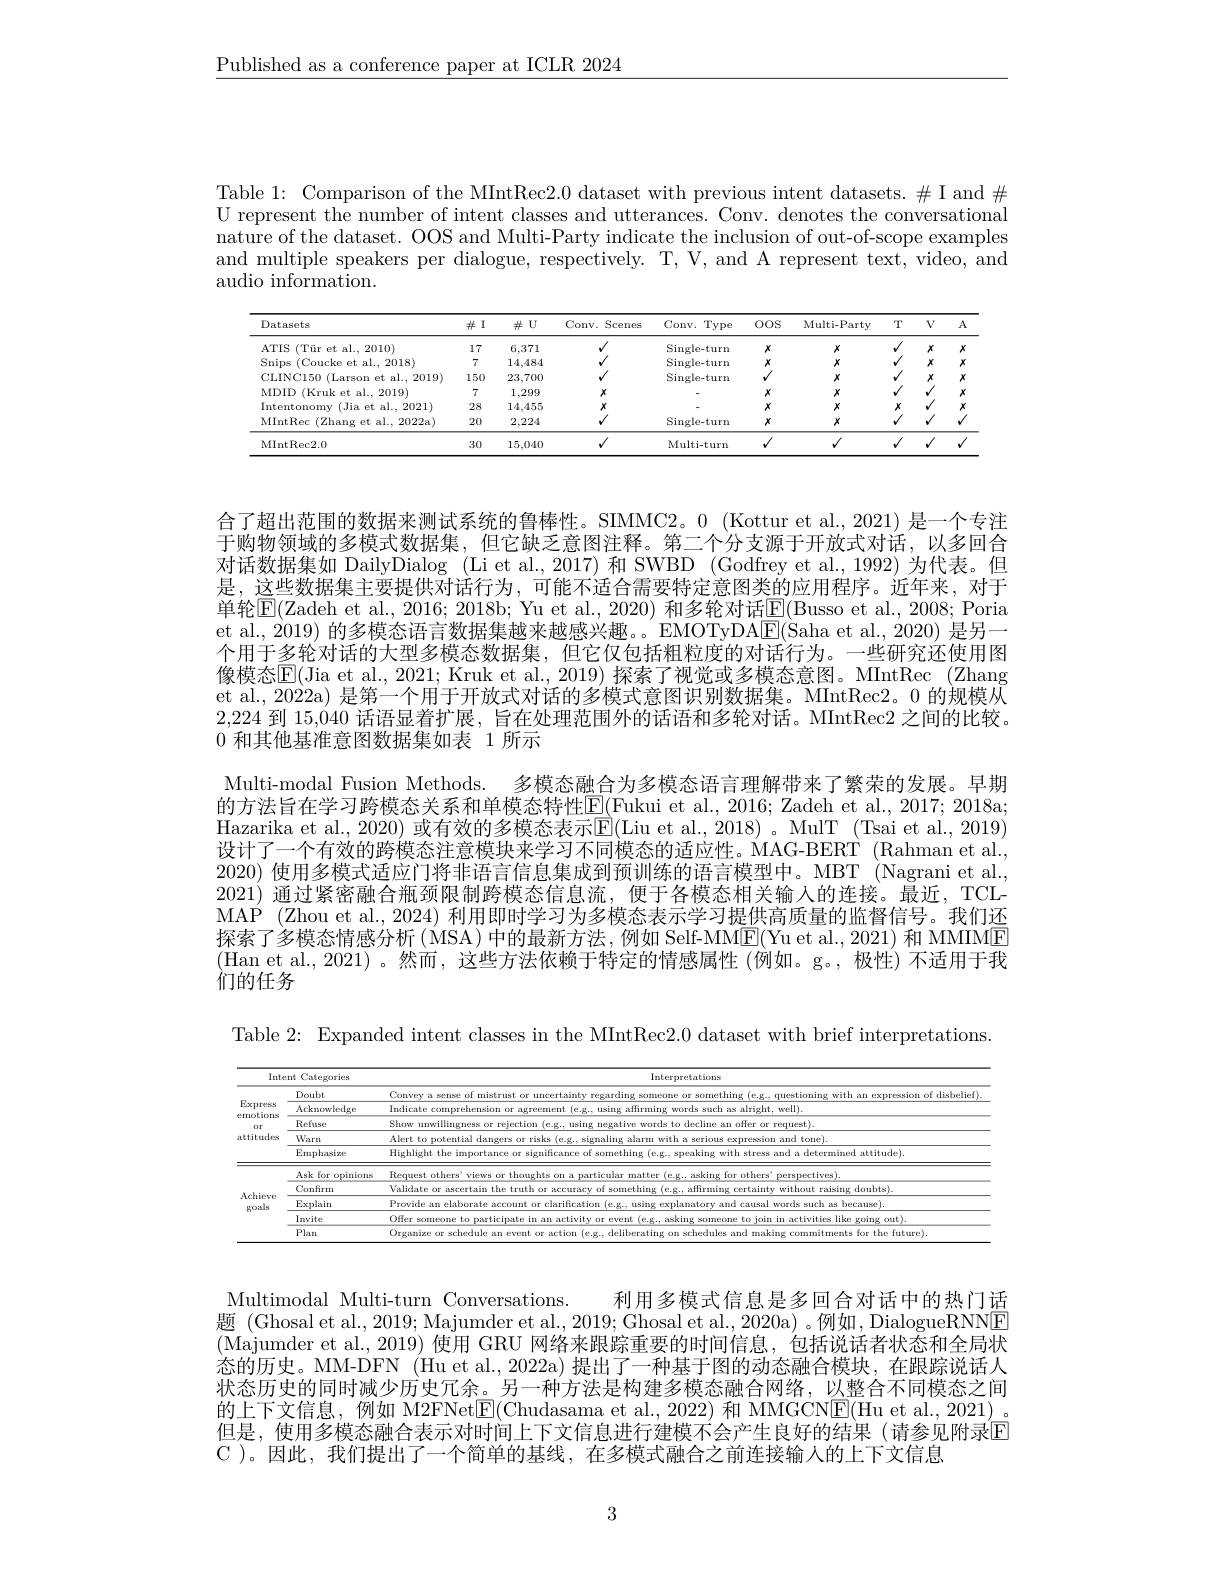
$\underline{\text{Published as a conference paper at ICLR 2024}}$

Table 1: Comparison of the MIntRec2.0 dataset with previous intent datasets. # I and $\#$ U represent the number of intent classes and utterances. Conv. denotes the conversational $\hat{\text{nature of the dataset. OOS and Multi-Party indicate the inclusion of out-of-scope examples}}$ and multiple speakers per dialogue, respectively. T, V, and A represent text, video, and audio information.

<table>
	<tbody>
		<tr>
			<th>Datasets</th>
			<th>$\#$ I</th>
			<th>$\#U$</th>
			<th>Conv. Scenes</th>
			<th>Conv. Type</th>
			<th>$00S$</th>
			<th>Multi-Party</th>
			<th>T</th>
			<th>$V$</th>
			<th>77</th>
		</tr>
		<tr>
			<td>ATIS $( \text{T\"{u} r et al. , 2010})$</td>
			<td>17</td>
			<td>6,371</td>
			<td>$√$</td>
			<td>$\operatorname{Single-turn}$</td>
			<td>$x$</td>
			<td>$X$</td>
			<td>$\checkmark$</td>
			<td>$x$</td>
			<td>$x$</td>
		</tr>
		<tr>
			<td>Snips (Coucke et al., 2018)</td>
			<td>7</td>
			<td>14,484</td>
			<td> </td>
			<td>$\operatorname{Single-turn}$</td>
			<td>$x$</td>
			<td>$X$</td>
			<td>$v$</td>
			<td>$x$</td>
			<td>$x$</td>
		</tr>
		<tr>
			<td>CLINC150 (Larson et al., 2019)</td>
			<td>150</td>
			<td>23,700</td>
			<td>$f$</td>
			<td>1</td>
			<td>$\operatorname{Single-turn}$</td>
			<td>$X$</td>
			<td>1</td>
			<td>$x$</td>
			<td>$x$</td>
		</tr>
		<tr>
			<td>MDID (Kruk et al., 2019)</td>
			<td></td>
			<td>1,299</td>
			<td>$x$</td>
			<td> </td>
			<td>$x$</td>
			<td>$X$</td>
			<td>1</td>
			<td>1</td>
			<td>$x$</td>
		</tr>
		<tr>
			<td>Intentonomy</td>
			<td>(Jia et al., 2021)</td>
			<td>28</td>
			<td>14,455</td>
			<td> </td>
			<td>Datasets</td>
			<td>$x$</td>
			<td>$X$</td>
			<td>$x$</td>
			<td>1</td>
		</tr>
		<tr>
			<td>$x$</td>
			<td>MIntRec ( Zhang et al. , 2022a) </td>
			<td>20</td>
			<td>2,224</td>
			<td>$v$</td>
			<td>$\operatorname{Single-turn}$</td>
			<td>$x$</td>
			<td>$X$</td>
			<td>1</td>
			<td>$v$</td>
		</tr>
		<tr>
			<td>MIntRec2. 0</td>
			<td>30</td>
			<td>15,040</td>
			<td>$√$</td>
			<td>Multi-turn</td>
			<td>$√$</td>
			<td>$√$</td>
			<td>$\checkmark$</td>
			<td>$\sqrt{1}$</td>
			<td>$v$</td>
		</tr>
	</tbody>
</table>

合了超出范围的数据来测试系统的鲁棒性。SIMMC2。0 (Kottur et al., 2021) 是一个专注于购物领域的多模式数据集，但它缺乏意图注释。第二个分支源于开放式对话，以多回合对话数据集如 DailyDialog (Li et al.,2017)和 SWBD (Godfrey et al.,1992)为代表。但是，这些数据集主要提供对话行为，可能不适合需要特定意图类的应用程序。近年来，对于单轮$\overline{\mathrm{E}}($Zadeh et al., 2016; 2018b; Yu et al., 2020) 和多轮对话$\underline{\mathrm{E}}($Busso et al., 2008; Poria et al., 2019) 的多模态语言数据集越来越感兴趣。EMOTyDA$\boxed{\mathrm{F}}($Saha et al., 2020) 是另一个用于多轮对话的大型多模态数据集，但它仅包括粗粒度的对话行为。一些研究还使用图像模态$\overline{\mathrm{E}}($Jia et al., 2021; Kruk et al., 2019) 探索了视觉或多模态意图。MIntRec (Zhang et al., 2022a) 是第一个用于开放式对话的多模式意图识别数据集。MIntRec2。0 的规模从2,224到 15,040 话语显着扩展，旨在处理范围外的话语和多轮对话。MIntRec2 之间的比较。0和其他基准意图数据集如表 1 所示
Multi-modal Fusion Methods. 多模态融合为多模态语言理解带来了繁荣的发展。早期的方法旨在学习跨模态关系和单模态特性$\underline{\mathrm{E}}($Fukui et al., 2016; Zadeh et al., 2017; 2018a; Hazarika et al., 2020) 或有效的多模态表示$\overline{\mathbb{E}}($Liu et al., 2018) 。MulT (Tsai et al., 2019) 设计了一个有效的跨模态注意模块来学习不同模态的适应性。MAG-BERT (Rahman et al. 2020) 使用多模式适应门将非语言信息集成到预训练的语言模型中。MBT (Nagrani et al., 2021) 通过紧密融合瓶颈限制跨模态信息流，便于各模态相关输入的连接。最近，TCLMAP (Zhou et al., 2024) 利用即时学习为多模态表示学习提供高质量的监督信号。我们还探索了多模态情感分析( MSA) 中的最新方法，例如 Self-MME(Yu et al., 2021) 和 MMIME (Han et al.,2021)。然而，这些方法依赖于特定的情感属性(例如。g。,极性)不适用于我们的任务

Table 2: Expanded intent classes in the MIntRec2.0 dataset with brief interpretations.

<table>
	<tbody>
		<tr>
			<th colspan="2">Intent Categories</th>
			<th rowspan="2">Interpretations of disbelief)</th>
		</tr>
		<tr>
			<th rowspan="5">Express ernotionse $0r$ attitudesa</th>
			<th>Doubt</th>
		</tr>
		<tr>
			<td>Acknowledge</td>
			<td>Indicate comprehension o rming words such as alright. well).</td>
		</tr>
		<tr>
			<td>Refuse</td>
			<td>Show unwillingness fer or request)</td>
		</tr>
		<tr>
			<td>Warn</td>
			<td>Alert to potential d serious expression and tone)</td>
		</tr>
		<tr>
			<td>Emphasize</td>
			<td>Highlight the importance or significance of something (e.g.. speaking with stress and a determined attitude)</td>
		</tr>
		<tr>
			<td rowspan="5">Achieve goals</td>
			<td>Ask for opinions</td>
			<td>Request other r others perspectives).</td>
		</tr>
		<tr>
			<td>Confirm</td>
			<td>Validate or ascertain the tru ffirming certainty without raising doubts</td>
		</tr>
		<tr>
			<td>Explain</td>
			<td>Provide an elaborate accor s such as because)</td>
		</tr>
		<tr>
			<td>Invite</td>
			<td>Offer someone to p in activities like going out)</td>
		</tr>
		<tr>
			<td>Plan</td>
			<td>mte for the future</td>
		</tr>
	</tbody>
</table>

Multimodal Multi-turn Conversations.
利用多模式信息是多回合对话中的热门话
题 (Ghosal et al., 2019; Majumder et al., 2019; Ghosal et al., 2020a) 。例如，DialogueRNNE $(\overline{\text{Majumder et al.,2019)使用 GRU 网络来跟踪重要的时间信息，包括说话者状态和全局状}}$ 态的历史。MM-DFN (Hu et al., 2022a) 提出了一种基于图的动态融合模块，在跟踪说话人状态历史的同时减少历史冗余。另一种方法是构建多模态融合网络，以整合不同模态之间的上下文信息，例如 M2FNet$\underline{\mathrm{E}}($Chudasama et al., 2022) 和 MMGCN$\underline{\mathrm{E}}($Hu et al., 2021)。但是，使用多模态融合表示对时间上下文信息进行建模不会产生良好的结果(请参见附录E C )。因此，我们提出了一个简单的基线，在多模式融合之前连接输入的上下文信息

3